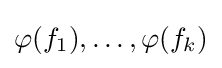
\varphi (f_{1}),\ldots ,\varphi (f_{k})